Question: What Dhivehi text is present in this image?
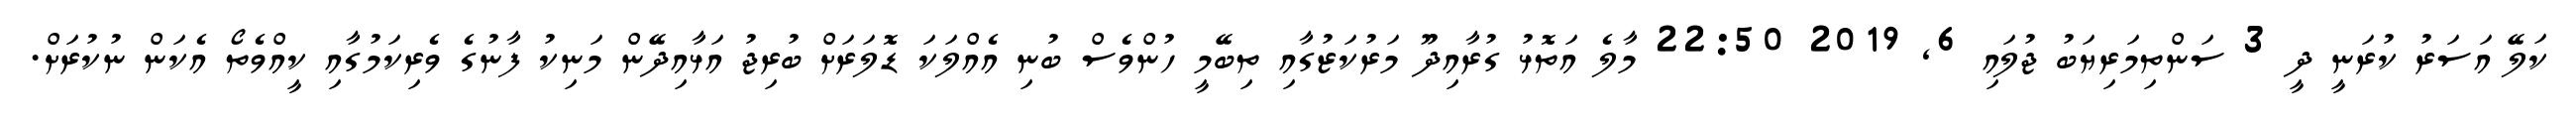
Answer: ކަލޭ އަސަރު ކުރަނީ ދީ 3 ސަންތިމަރިޔަބު ޖުލައި 6, 2019 22:50 މާލެ އަތޮޅު ގުރާއިދޫ މަރުކަޒުގާއި ތިބޭމީ ހުންވެސް ބުނި އެއްލަކަ ޑޮލަރަށް ބުރިޖު އަޅާއިދޭން މަނިކު ފާނުގެ ވެރިކަމުގާއި ކީއްވެތޯ އެކަން ނުކުރަށް.